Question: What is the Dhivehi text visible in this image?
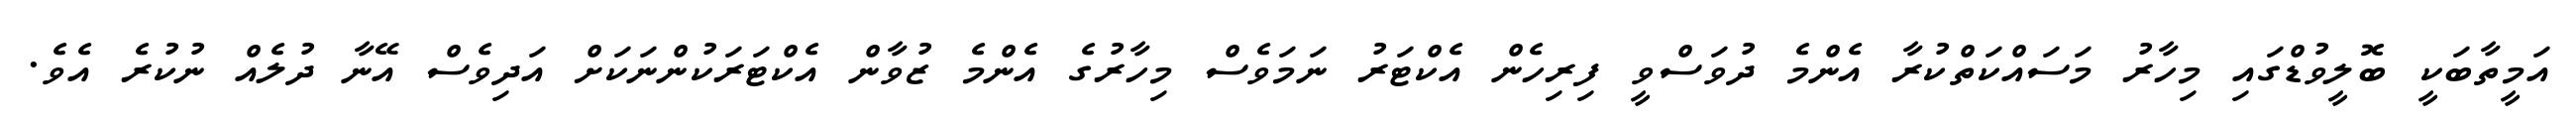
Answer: އަމީތާބަކީ ބޮލީވުޑްގައި މިހާރު މަސައްކަތްކުރާ އެންމެ ދުވަސްވީ ފިރިހެން އެކްޓަރު ނަމަވެސް މިހާރުގެ އެންމެ ޒުވާން އެކްޓަރަކުންނަކަށް އަދިވެސް އޭނާ ދުލެއް ނުކުރެ އެވެ.